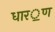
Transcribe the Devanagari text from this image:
धार॒ण